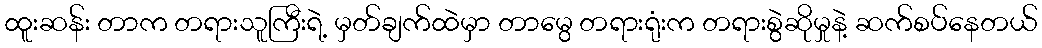
ထူးဆန်း တာက တရားသူကြီးရဲ့ မှတ်ချက်ထဲမှာ တာမွေ တရားရုံးက တရားစွဲဆိုမှုနဲ့ ဆက်စပ်နေတယ်